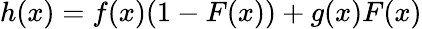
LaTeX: h(x)=f(x)(1-F(x))+g(x)F(x)